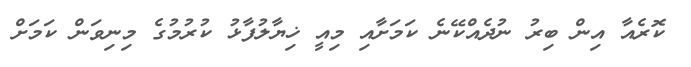
ކޮރެއާ އިން ބިރު ނުދެއްކޭނެ ކަމަށާއި މިއީ ޚިޔާލުފާޅު ކުރުމުގެ މިނިވަން ކަމަށް